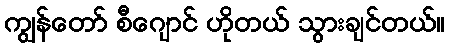
ကျွန်တော် စီဂျောင် ဟိုတယ် သွားချင်တယ်။